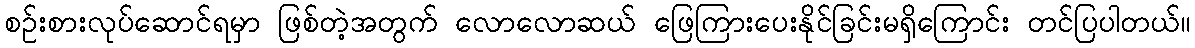
စဉ်းစားလုပ်ဆောင်ရမှာ ဖြစ်တဲ့အတွက် လောလောဆယ် ဖြေကြားပေးနိုင်ခြင်းမရှိကြောင်း တင်ပြပါတယ်။